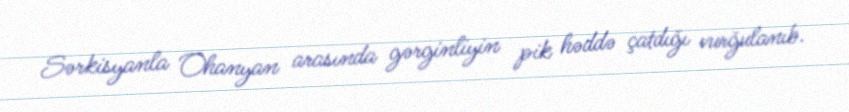
Sərkisyanla Ohanyan arasında gərginliyin pik həddə çatdığı vurğulanıb.